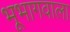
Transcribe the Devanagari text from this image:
भूभागवाला